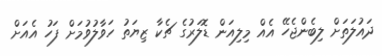
ދައުލަތަށް ލިބެންޖެހޭ އެއް މިލިއަން ޑޮލަރުގެ ޗެކާ ޒިޔަތު ހަވާލުވުމަށް ފަހު އެއަށް